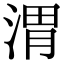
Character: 渭